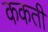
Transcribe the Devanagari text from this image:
ककती